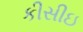
કીસીઇ